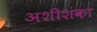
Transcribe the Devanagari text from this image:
अशीशंका